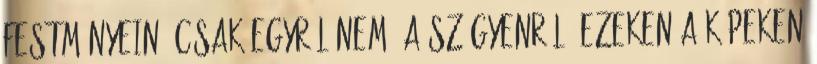
festményein, csak egyről nem: a szégyenről. Ezeken a képeken